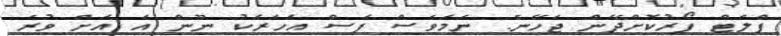
ފްލެޓް ފޯރުކޮށްދޭން ޖެހޭނެ. ނަމަވެސް ފަސް އަހަރަކު ނޫން އެ އަށް ވުރެ